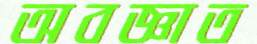
অবজ্ঞাত